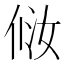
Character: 𰂈